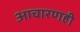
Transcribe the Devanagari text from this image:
आचारणही